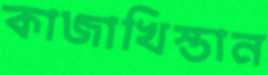
কাজাখিস্তান